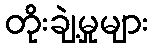
တိုးချဲ့မှုများ